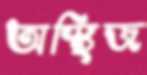
অস্থিজ